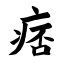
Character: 痞